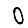
Digit: 0